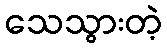
သေသွားတဲ့